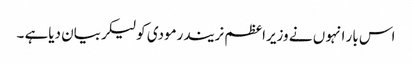
اس بار انہو ں نے وزیراعظم نریندرمودی کولیکربیان دیاہے ۔